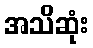
အသိဆုံး